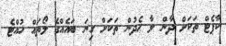
ކާޕެޓް ތަކަށް ދާން ލާ ހެދުން ތަކަށް ގިނަ ބައެއްގެ ލޯތައް ހުއްޓެ